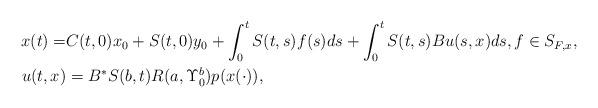
\begin{align*}x(t)=&C(t,0)x_0+S(t,0)y_0+\int_0^t S(t,s)f(s)ds+\int_0^t S(t,s)Bu(s,x)ds,f\in S_{F,x},\\u(t,x)&=B^*S(b,t)R(a,\Upsilon_0^b)p(x(\cdot)),\end{align*}